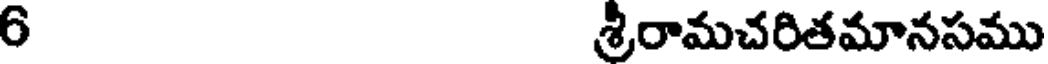
6 శ్రీరామచరితమానసము